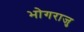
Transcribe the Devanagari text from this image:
भोगराजु